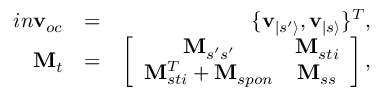
\begin{array} { r l r } { i n \mathbf { v } _ { o c } } & { = } & { \{ \mathbf { v } _ { | s ^ { \prime } \rangle } , \mathbf { v } _ { | s \rangle } \} ^ { T } , } \\ { \mathbf { M } _ { t } } & { = } & { \left[ \begin{array} { c c } { \mathbf { M } _ { s ^ { \prime } s ^ { \prime } } } & { \mathbf { M } _ { s t i } } \\ { \mathbf { M } _ { s t i } ^ { T } + \mathbf { M } _ { s p o n } } & { \mathbf { M } _ { s s } } \end{array} \right] , } \end{array}